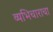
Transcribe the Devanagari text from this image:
व्यभिचाराचा